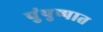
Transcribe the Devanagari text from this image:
पुंपुष्पात